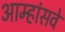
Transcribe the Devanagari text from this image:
आम्हांसवे